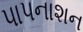
પાપનાશન